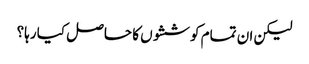
لیکن ان تمام کوششوں کا حاصل کیا رہا؟